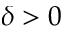
\delta > 0